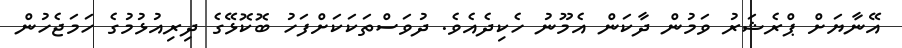
އޭނާޔަށް ޕްރެޝަރު ވަމުން ދާކަން އެމޫނު ހެކިދެއެވެ. ދުވަސްތަކަކަށްފަހު ބޮކޮޅޭގެ ދިރިއުޅުމުގެ ހަމަޖެހުން